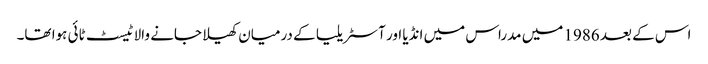
اس کے بعد 1986 میں مدراس میں انڈیا اور آسٹریلیا کے درمیان کھیلا جانے والا ٹیسٹ ٹائی ہوا تھا۔